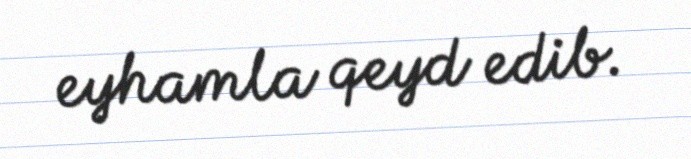
eyhamla qeyd edib.